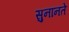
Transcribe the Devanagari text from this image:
सुनानते